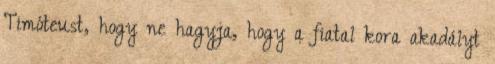
Timóteust, hogy ne hagyja, hogy a fiatal kora akadályt